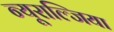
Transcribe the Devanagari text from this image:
न्यूराल्जिया